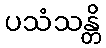
ပသံသန္တိ